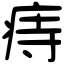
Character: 痔